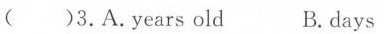
()3.A.Years old B.Days